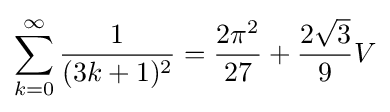
\sum _{k=0}^{\infty }{\frac {1}{(3k+1)^{2}}}={\frac {2\pi ^{2}}{27}}+{\frac {2{\sqrt {3}}}{9}}V